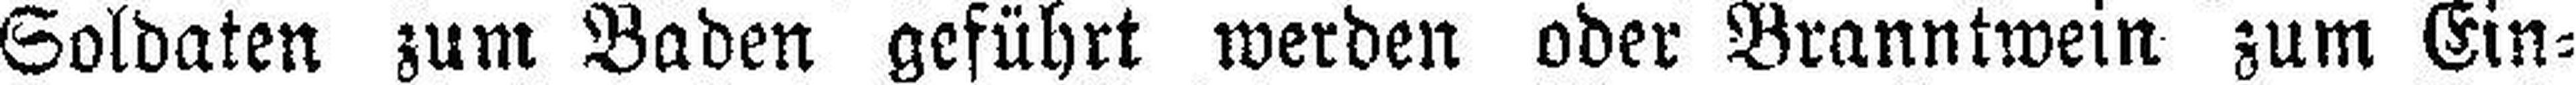
Soldaten zum Baden geführt werden oder Branntwein zum Ein¬